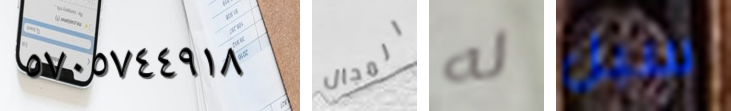
٥٧٠٥٧٤٤٩١٨ المجال له سبل